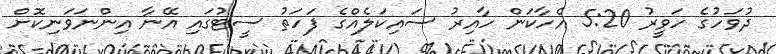
ދުވަހުގެ ހަވީރު 5:20 އެހާކަން ހާއިރު ސައިކަލެއްގެ ފަހަތު ސީޓުގައި އޭނާ އިންނަވަނިކޮށް